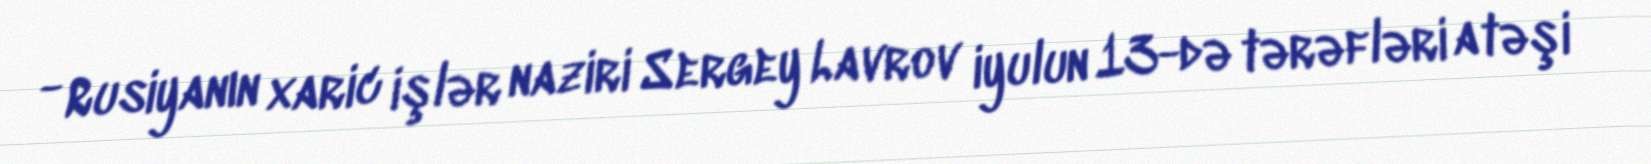
- Rusiyanın xaric işlər naziri Sergey Lavrov iyulun 13-də tərəfləri atəşi